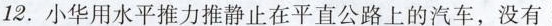
12.小华用水平推力推静止在平直公路上的汽车，没有